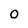
Character: O